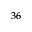
^ { 3 6 }